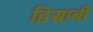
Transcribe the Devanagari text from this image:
हिसाबी